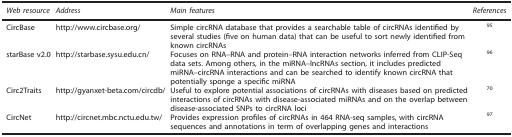
<table><thead><tr><td><b><i>Web resource</i></b></td><td><b><i>Address</i></b></td><td><b><i>Main features</i></b></td><td><b><i>References</i></b></td></tr></thead><tbody><tr><td>CircBase</td><td>http://www.circbase.org/</td><td>Simple circRNA database that provides a searchable table of circRNAs identified by several studies (five on human data) that can be useful to sort newly identified from known circRNAs</td><td><sup>95</sup></td></tr><tr><td>starBase v2.0</td><td>http://starbase.sysu.edu.cn/</td><td>Focuses on RNA–RNA and protein–RNA interaction networks inferred from CLIP-Seq data sets. Among others, in the miRNA–lncRNAs section, it includes predicted miRNA–circRNA interactions and can be searched to identify known circRNA that potentially sponge a specific miRNA</td><td><sup>96</sup></td></tr><tr><td>Circ2Traits</td><td>http://gyanxet-beta.com/circdb/</td><td>Useful to explore potential associations of circRNAs with diseases based on predicted interactions of circRNAs with disease-associated miRNAs and on the overlap between disease-associated SNPs to circRNA loci</td><td><sup>70</sup></td></tr><tr><td>CircNet</td><td>http://circnet.mbc.nctu.edu.tw/</td><td>Provides expression profiles of circRNAs in 464 RNA-seq samples, with circRNA sequences and annotations in term of overlapping genes and interactions</td><td><sup>97</sup></td></tr></tbody></table>